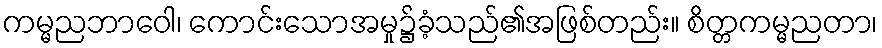
ကမ္မညဘာဝေါ၊ ကောင်းသောအမှု၌ခံ့သည်၏အဖြစ်တည်း။ စိတ္တကမ္မညတာ၊